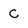
Character: C